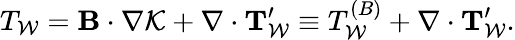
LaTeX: T_{\cal{W}}={\mathbf{B}}\cdot\nabla{\cal{K}}+\nabla\cdot{\mathbf{T}}_{\cal{W}}^{\prime}\equiv T_{\cal{W}}^{(B)}+\nabla\cdot{\mathbf{T}}_{\cal{W}}^{\prime}.